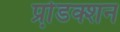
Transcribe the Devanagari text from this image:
प्रो़डक्शन